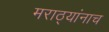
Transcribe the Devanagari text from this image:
मराठ्यांनाच